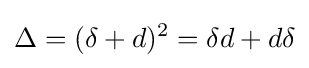
\Delta =(\delta +d)^{2}=\delta d+d\delta